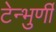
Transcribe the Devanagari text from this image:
टेन्भुर्णी